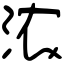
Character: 浓